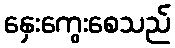
နှေးကွေးစေသည်